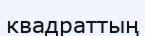
квадраттың